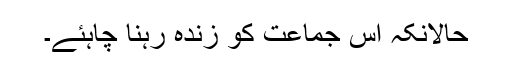
حالانکہ اس جماعت کو زندہ رہنا چاہئے۔